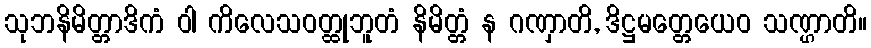
သုဘနိမိတ္တာဒိကံ ဝါ ကိလေသဝတ္ထုဘူတံ နိမိတ္တံ န ဂဏှာတိ, ဒိဋ္ဌမတ္တေယေဝ သဏ္ဌာတိ။